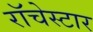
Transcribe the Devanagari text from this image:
रॉचेस्टार